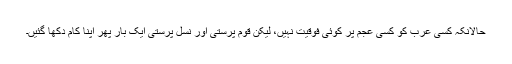
حالانکہ کسی عرب کو کسی عجم پر کوئی فوقیت نہیں، لیکن قوم پرستی اور نسل پرستی ایک بار پھر اپنا کام دکھا گئیں۔